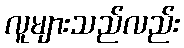
လူများသည်လည်း